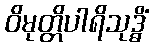
ဝိမုတ္တိပါရိသုဒ္ဓိံ